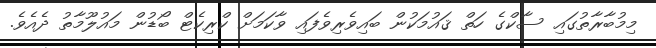
މިމުބާރާތުގައި ސާކްގެ ހަތް ޤައުމަކުން ބައިވެރިވެފައި ވާކަމަށް ކްރިކެޓް ބޯޑުން މައުލޫމާތު ދެއެވެ.